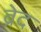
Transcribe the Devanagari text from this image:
ब्रेद